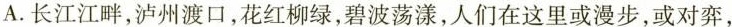
A.长江江畔，泸州渡口，花红柳绿，碧波荡漾，人们在这里或漫步，或对弈，